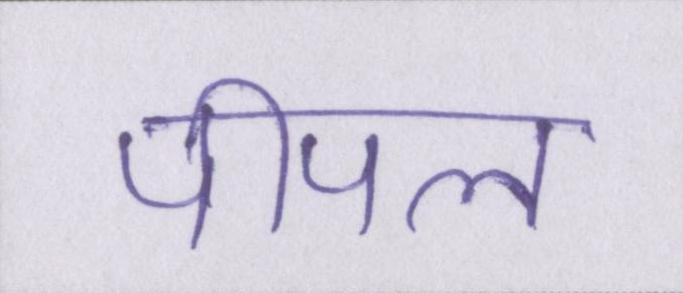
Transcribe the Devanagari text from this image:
पीपल